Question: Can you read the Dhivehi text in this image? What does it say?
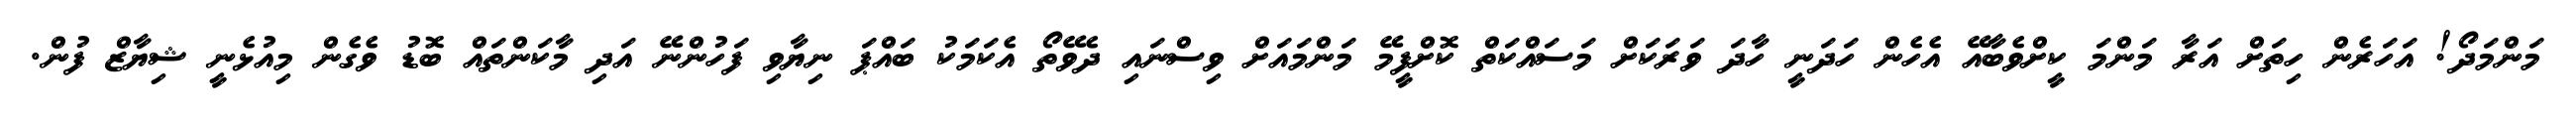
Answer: މަންމަދޯ! އަހަރެން ހިތަށް އަރާ މަންމަ ކީށްވެބާއޭ އެހެން ހަދަނީ ހާދަ ވަރަކަށް މަސައްކަތް ކޮށްފީމޭ މަންމައަށް ވިސްނައި ދެވޭތޯ އެކަމަކު ބައްޕަ ނިޔާވި ފަހުންނޭ އަދި މާކަންތައް ބޮޑު ވެގެން މިއުޅެނީ ޝިޔާޒް ފުން.